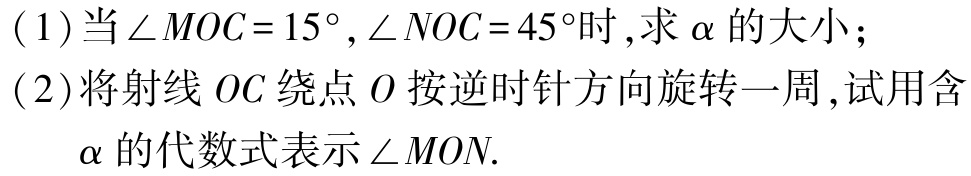
(1)当$\angle MOC = 15^{\circ},\angle NOC = 45^{\circ}$时,求$\alpha$的大小；

(2)将射线$OC$绕点$O$按逆时针方向旋转一周,试用含

$\alpha$的代数式表示$\angle MON$.